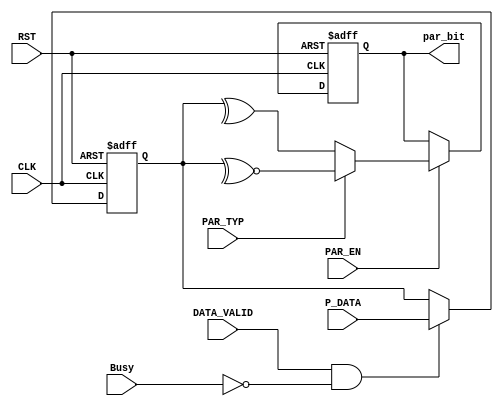
module parity_calc # ( parameter WIDTH = 8 )

(
 input   wire                  CLK,
 input   wire                  RST,
 input   wire                  PAR_EN,
 input   wire                  PAR_TYP,
 input   wire                  Busy, 
 input   wire   [WIDTH-1:0]    P_DATA,

 input   wire                  DATA_VALID,
 output  reg                   par_bit 
);

reg  [WIDTH-1:0]    tmp_frame ;
reg 	 		    parity_check ;





	always @ (posedge CLK or negedge RST) begin
		 if(!RST) tmp_frame <= 8'b0 ;

		 else if (DATA_VALID && !Busy) begin
			tmp_frame <= P_DATA ; // sampling the input data once at the beggining 
		end
	end


	// parity calc
	
	always @ (posedge CLK or negedge RST) begin
		if (!RST) begin
			par_bit <= 1'b0 ;
		end

		else begin
			if (PAR_EN) begin 
				parity_check <= ^ tmp_frame ;
					if (PAR_TYP) par_bit <= ~^ tmp_frame ;
					else 	     par_bit <=  ^ tmp_frame ;
		
			end
			else parity_check <= 1'b0 ;
		end
	end

endmodule